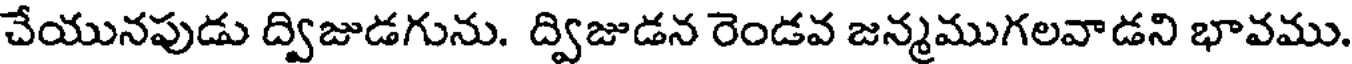
చేయునపుడు ద్విజుడగును. ద్విజుడన రెండవ జన్మముగలవాడని భావము.